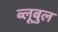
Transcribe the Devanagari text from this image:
ब्लूबुल